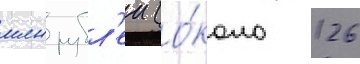
млн рубл'еи (о́коло 126